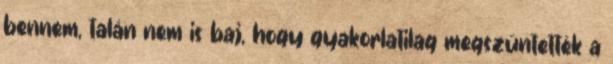
bennem, talán nem is baj, hogy gyakorlatilag megszüntették a